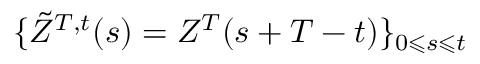
\{ \tilde { Z } ^ { T , t } ( s ) = Z ^ { T } ( s + T - t ) \} _ { 0 \leqslant s \leqslant t }